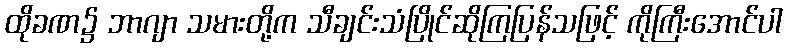
ထိုခဏ၌ ဘာဂျာ သမားတို့က သီချင်းသံပြိုင်ဆိုကြပြန်သဖြင့် ကိုကြီးအောင်ပါ